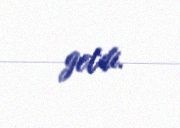
getdi.